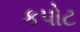
કપોટ